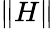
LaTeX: \lVert H\rVert